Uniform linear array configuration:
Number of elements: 12
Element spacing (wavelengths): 0.25
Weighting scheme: hann
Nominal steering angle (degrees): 30
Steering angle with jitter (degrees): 30.726
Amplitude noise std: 0.05
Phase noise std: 0.05

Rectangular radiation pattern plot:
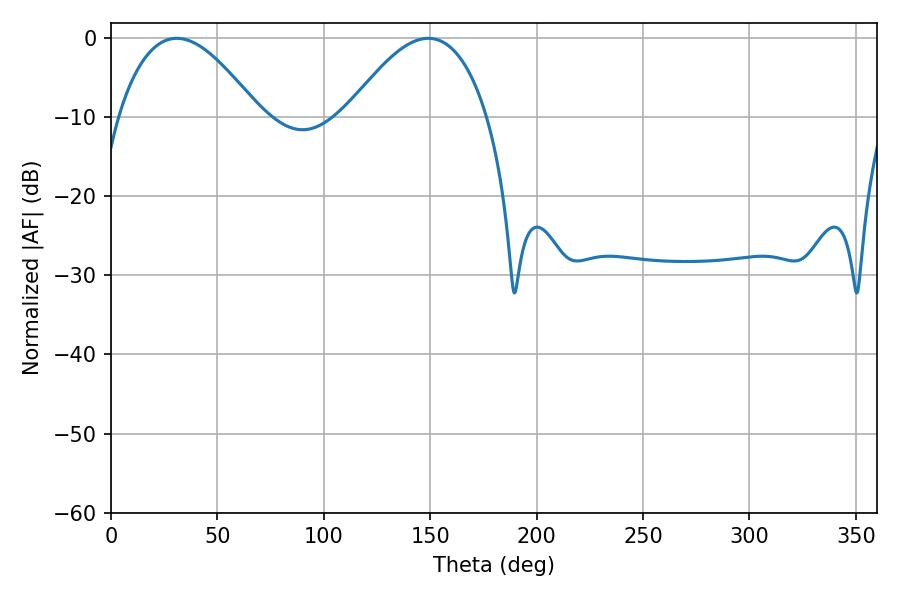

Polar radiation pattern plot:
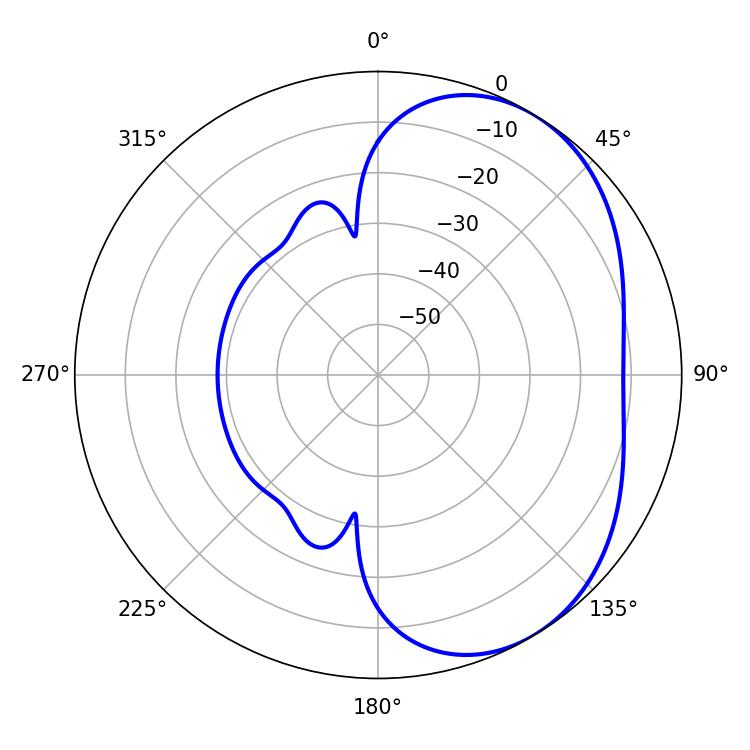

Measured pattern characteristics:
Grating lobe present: FALSE
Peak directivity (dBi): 4.083
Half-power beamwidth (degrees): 36.18
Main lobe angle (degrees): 30.96